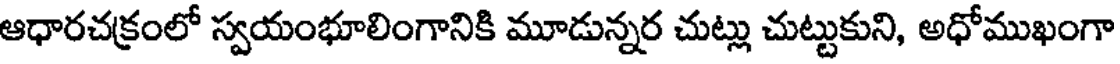
ఆధారచక్రంలో స్వయంభూలింగానికి మూడున్నర చుట్లు చుట్టుకుని, అధోముఖంగా